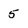
Character: 5